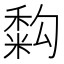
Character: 𥡚